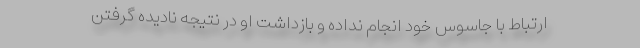
ارتباط با جاسوس خود انجام نداده و بازداشت او در نتیجه نادیده گرفتن